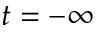
t = - \infty